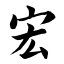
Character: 宏